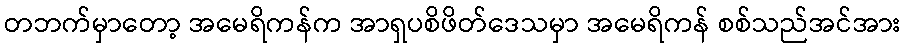
တဘက်မှာတော့ အမေရိကန်က အာရှပစိဖိတ်ဒေသမှာ အမေရိကန် စစ်သည်အင်အား